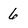
Character: 6